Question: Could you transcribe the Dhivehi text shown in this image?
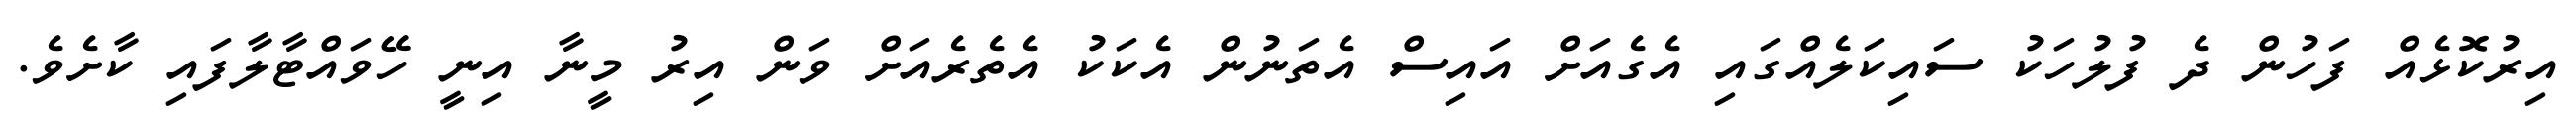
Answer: އިރުކޮޅެއް ފަހުން ދެ ފުލުހަކު ސައިކަލެއްގައި އެގެއަށް އައިސް އެތަނުން އެކަކު އެތެރެއަށް ވަން އިރު މީނާ އިނީ ހޭވައްޓާލާފައި ކާށެވެ.